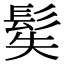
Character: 𩬭